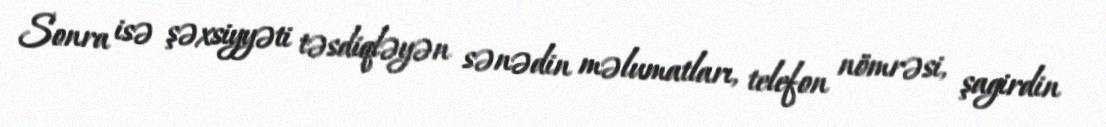
Sonra isə şəxsiyyəti təsdiqləyən sənədin məlumatları, telefon nömrəsi, şagirdin